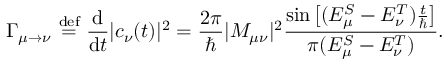
\Gamma _ { \mu \to \nu } \ { \overset { \mathrm { d e f } } { = } } \ { \frac { \mathrm { d } } { \mathrm { d } t } } | c _ { \nu } ( t ) | ^ { 2 } = { \frac { 2 \pi } { \hbar } } | M _ { \mu \nu } | ^ { 2 } { \frac { \sin { \big [ } ( E _ { \mu } ^ { S } - E _ { \nu } ^ { T } ) { \frac { t } { \hbar } } { \big ] } } { \pi ( E _ { \mu } ^ { S } - E _ { \nu } ^ { T } ) } } .